Annual report of the Punjab Veterinary College and of the Civil Veterinary Department, Punjab - 1894-1908
Year: 1894
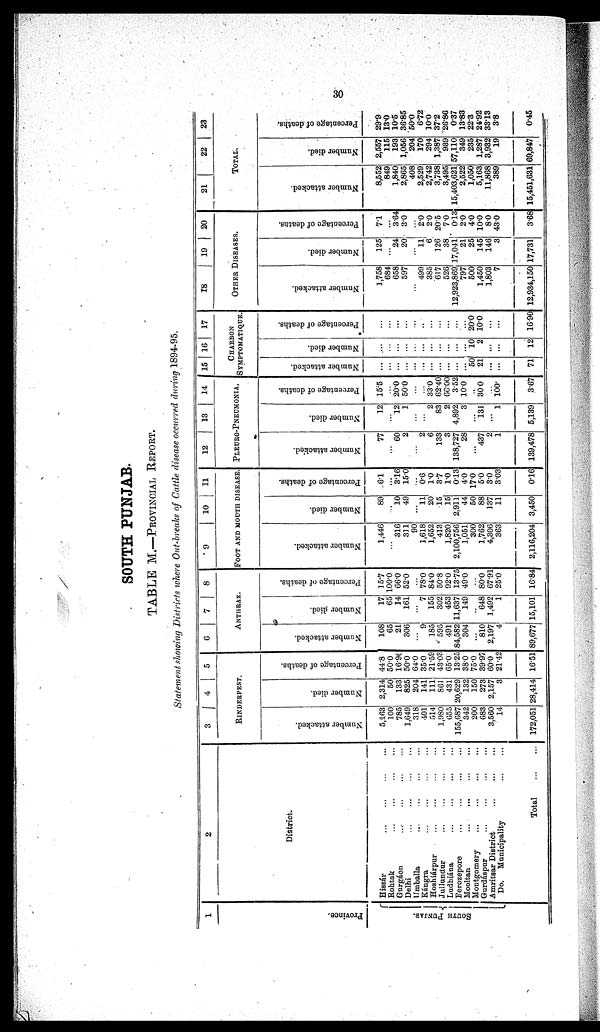
30
SOUTH PUNJAB.
TABLE M.—PROVINCIAL REPORT.
Statement showing Districts where Out-breaks of Cattle disease occurred during 1894-95.
1
Province.
SOUTH
PUNJ AB.
2
District.
Hissár
...
...
...
Rohtak
...
...
...
Gurgáon ... ... ...
Delhi
...
...
...
Umballa
...
...
...
Kángra ... ... ...
Hoshiárpur ... ... ...
Jullundur ... ... ...
Ludbiána ... ... ...
Ferozepore ... ... ...
Mooltan
...
...
...
Moutgomery ... ... ...
Gurdáspur ... ... ...
Amritsar District ... ...
Do. Municipality ...
Total ...
3
4
5
RINDERPEST.
Number attacked.
5,163
100
785
1,649
318
401
514
1,980
655
155,687
342
200
683
3,560
14
172,051
Number died.
2,314
50
133
825
204
141
111
861
431
20,629
132
150
273
2,157
3
28,414
Percentage of deaths.
44.8
50.0
16.96
50.0
64.0
35.0
21.59
43.03
65.0
13.25
38.0
75.0
39.97
60.0
21.42
16.51
6
7
8
ANTHARAX.
Number attacked.
108
65
21
306
...
9
185
595
491
84,582
304
...
810
2,197
4
89,677
Number died.
17
65
14
161
...
7
155
302
453
11,637
149
...
648
1,492
1
15,101
Percentage of deaths.
15.7
100.0
66.0
52.0
...
78.0
84.0
50.8
92.0
13.75
49.0
...
80.0
67.91
25.0
16.84
9
10
11
FOOT AND MOUTH DISEASE.
Number attacked.
1,446
...
316
311
90
1,618
1,652
413
1,820
2,100,756
1,051
300
1,762
4,306
363
2,116,204
Number died.
89
..
10
49
...
11
20
15
15
2,911
44
50
88
137
11
3,450
Percentage of deaths.
6.1
...
3.16
15.0
...
0.6
1.0
3.7
1.0
0.13
4.0
17.0
5.0
3.0
3.03
0.16
12
13
14
PLEURO-PNEUMONIA.
Number attacked.
77
...
60
2
...
2
6
133
3
138,727
28
...
437
2
1
139,478
Number died.
12
...
12
1
...
...
2
83
2
4,892
3
...
131
...
1
5,139
Percentage of deaths.
15.5
...
20.0
50.0
...
...
33.0
62.40
66.00
3.52
10.0
...
30 0
...
100
3.67
15 16
17
CHARBON
SYMPTOMATIQUE.
Number attacked.
...
...
...
...
...
...
...
...
...
...
...
50
21
...
...
71
Number died.
...
...
...
...
...
...
...
...
...
...
...
10
2
...
...
12
Percentage of deaths.
...
...
...
...
...
...
...
...
...
...
...
200
100
...
...
1690
18
19
20
OTHER DISEASES.
Number attacked.
1,758
684
658
597
...
499
385
617
526
12,923,869
797
500
1,450
1,803
7
12,934,150
Number died.
125
...
24
20
...
11
6
126
38
17,041
21
25
145
146
3
17,731
Percentage of deaths.
7.1
...
3.64
3.0
...
2.0
2.0
20.5
7 .0
0.13
2.0
4.0
10.0
8.0
43.0
3.68
21
22
23
TOTAL.
Number attacked.
8,552
849
1,840
2,865
408
2,529
2,742
3,738
3,495
15,403,621
2,522
1,050
5,163
11,868
389
15,451,631
Number died.
2,557
115
193
1,056
204
170
294
1,387
989
57,110
349
235
1,287
3,932
19
69,847
Percentage of deaths.
29.9
13.0
10.5
36.85
50.0
6.72
10.0
37.2
26.80
0.37
13.83
22.3
24.92
3313
3.8
0.45